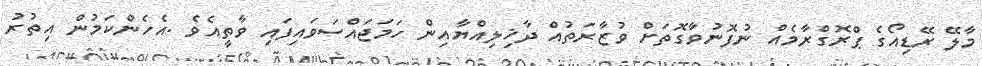
މާލޭ ރޭޑިއޯގެ ޕްރޮގްރާމެއް ނުފޮނުވާގޮތަށް ވުޒާރަތުއް ދާޚިލިއްޔާއިން ހަމަޖައްސަވައިފައި ވާތީއެވެ .އެހެންކަމުން އިތުރު